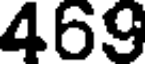
469